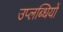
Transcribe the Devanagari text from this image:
उप्लब्धियों